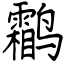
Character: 鹴